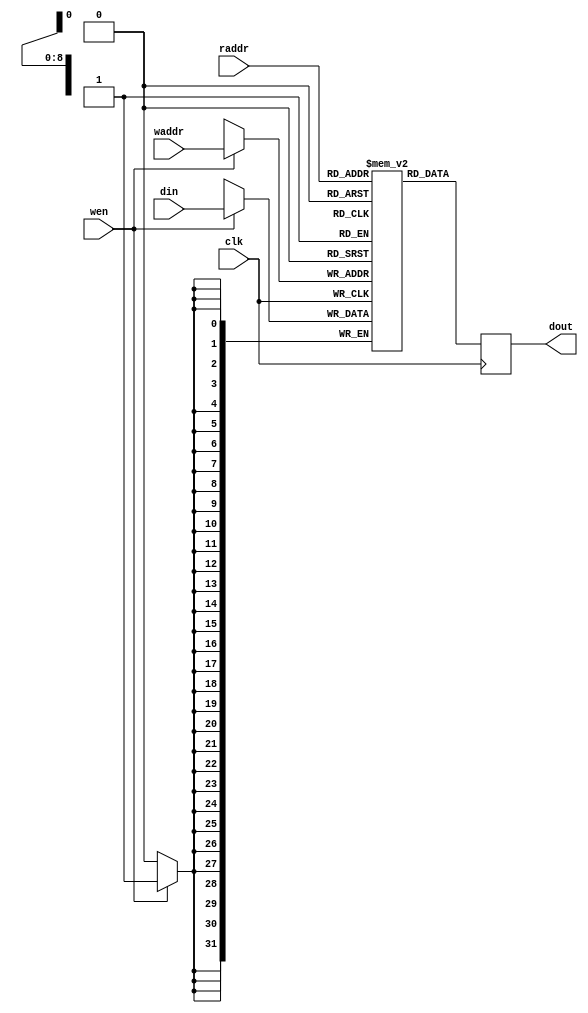
module BRAM #(parameter DLEN = 32, HLEN = 9)
           (input                 clk,
            input                 wen,
            input      [HLEN-1:0] waddr,
            input      [DLEN-1:0] din,
            input      [HLEN-1:0] raddr,
            output reg [DLEN-1:0] dout);
// bram
(* ram_style="block" *) reg [DLEN-1:0] blockram [(1<<HLEN)-1:0];

// write operation
always @(posedge clk) begin
    if(wen)
        blockram[waddr] <= din;
end

// read operation
always @(posedge clk) begin
    dout <= blockram[raddr];
end

endmodule